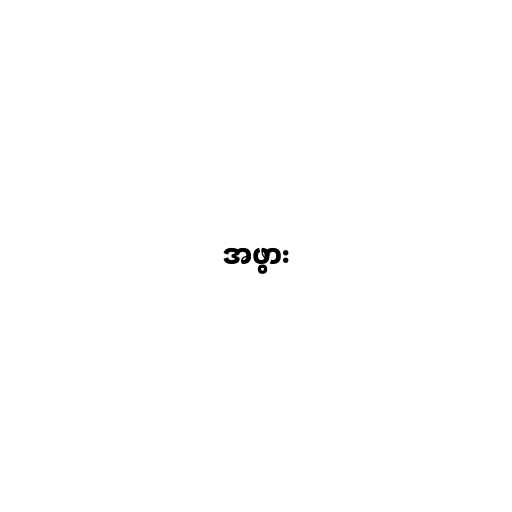
အဖွား